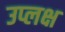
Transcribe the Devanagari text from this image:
उप्लक्ष